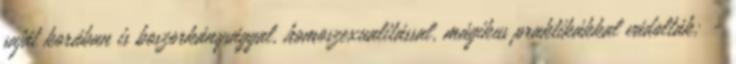
saját korában is bo­szorkánysággal, homoszexualitással, mágikus praktikákkal vádolták; -